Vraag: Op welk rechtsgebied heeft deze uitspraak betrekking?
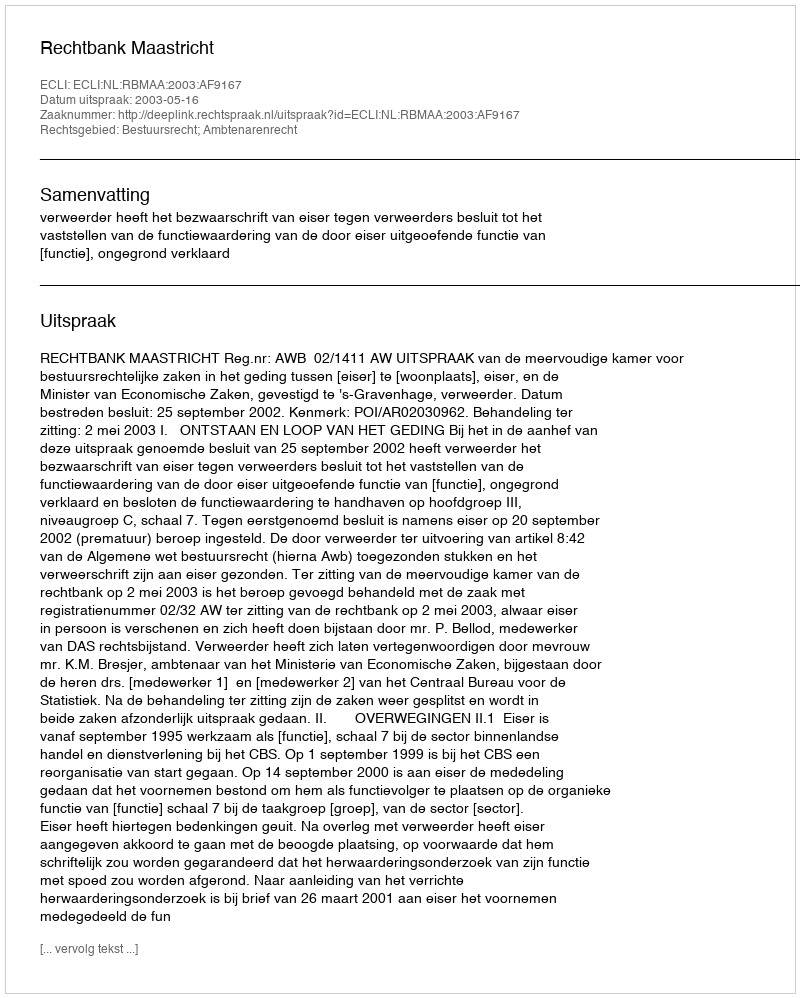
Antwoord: Bestuursrecht; Ambtenarenrecht